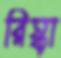
রিস্কা